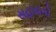
સહાયકો